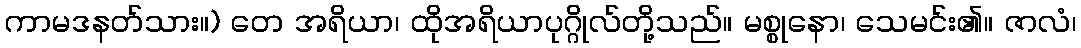
ကာမဒနတ်သား။) တေ အရိယာ၊ ထိုအရိယာပုဂ္ဂိုလ်တို့သည်။ မစ္စုနော၊ သေမင်း၏။ ဇာလံ၊